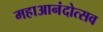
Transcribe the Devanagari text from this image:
महाआनंदोत्सव